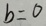
b = 0